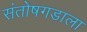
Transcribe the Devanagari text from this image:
संतोषगडाला